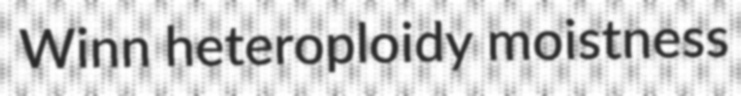
Winn heteroploidy moistness